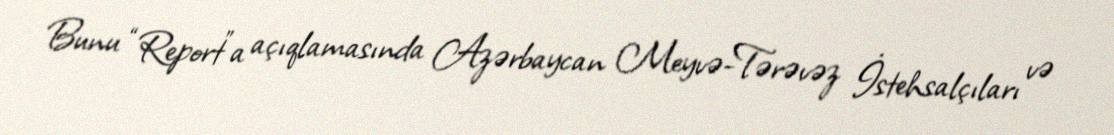
Bunu “Report”a açıqlamasında Azərbaycan Meyvə-Tərəvəz İstehsalçıları və